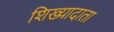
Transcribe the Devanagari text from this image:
शिख्यादाता